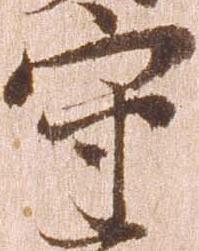
守